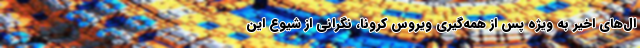
ال‌های اخیر به ویژه پس از همه‌گیری ویروس کرونا، نگرانی از شیوع این